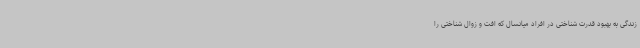
زندگی به بهبود قدرت شناختی در افراد میانسال که افت و زوال شناختی را